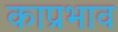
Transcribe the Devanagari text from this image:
काप्रभाव